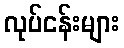
လုပ်ငန်းများ